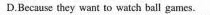
D.Because they want to watch ball games.